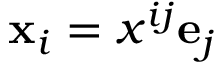
\mathbf { x } _ { i } = x ^ { i j } \mathbf { e } _ { j }